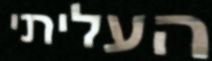
העליתי